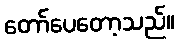
တော်ပေတော့သည်။